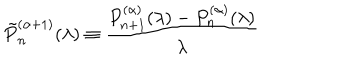
\tilde { P } _ { n } ^ { ( \alpha + 1 ) } ( \lambda ) \equiv \frac { P _ { n + 1 } ^ { ( \alpha ) } ( \lambda ) - P _ { n } ^ { ( \alpha ) } ( \lambda ) } { \lambda }